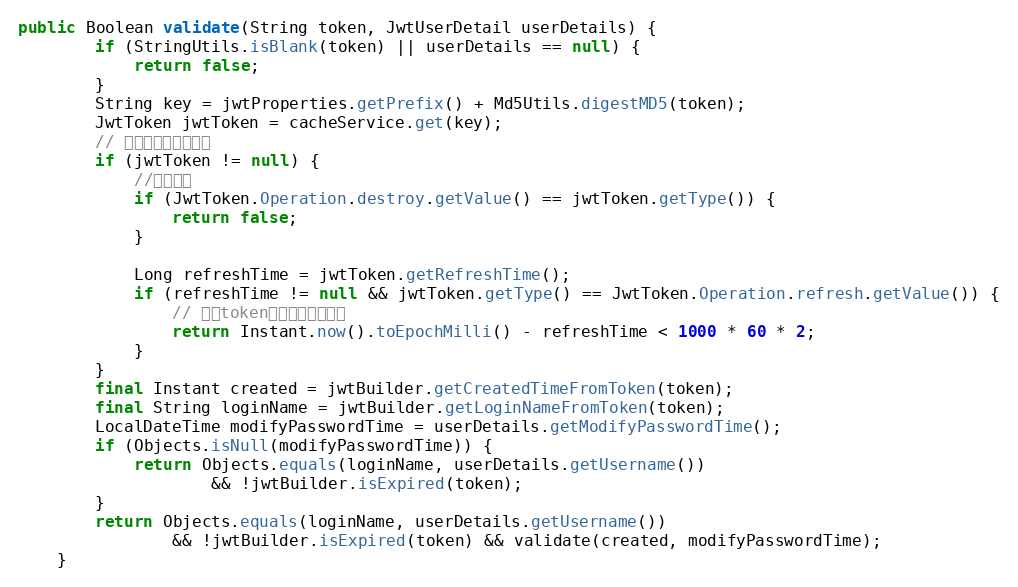
Language: Java
public Boolean validate(String token, JwtUserDetail userDetails) {
        if (StringUtils.isBlank(token) || userDetails == null) {
            return false;
        }
        String key = jwtProperties.getPrefix() + Md5Utils.digestMD5(token);
        JwtToken jwtToken = cacheService.get(key);
        // 判断是否在黑名单中
        if (jwtToken != null) {
            //销毁状态
            if (JwtToken.Operation.destroy.getValue() == jwtToken.getType()) {
                return false;
            }

            Long refreshTime = jwtToken.getRefreshTime();
            if (refreshTime != null && jwtToken.getType() == JwtToken.Operation.refresh.getValue()) {
                // 刷新token二分钟内可以使用
                return Instant.now().toEpochMilli() - refreshTime < 1000 * 60 * 2;
            }
        }
        final Instant created = jwtBuilder.getCreatedTimeFromToken(token);
        final String loginName = jwtBuilder.getLoginNameFromToken(token);
        LocalDateTime modifyPasswordTime = userDetails.getModifyPasswordTime();
        if (Objects.isNull(modifyPasswordTime)) {
            return Objects.equals(loginName, userDetails.getUsername())
                    && !jwtBuilder.isExpired(token);
        }
        return Objects.equals(loginName, userDetails.getUsername())
                && !jwtBuilder.isExpired(token) && validate(created, modifyPasswordTime);
    }